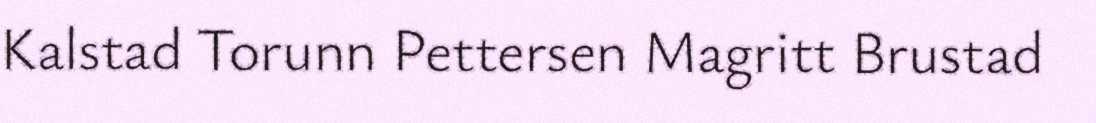
Kalstad Torunn Pettersen Magritt Brustad